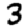
Digit: 3